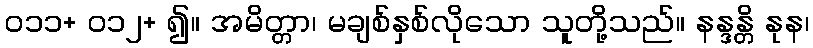
၀၁၁+ ၀၁၂+ ၍။ အမိတ္တာ၊ မချစ်နှစ်လိုသော သူတို့သည်။ နန္ဒန္တိ နုန၊